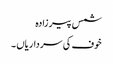
شمس پیر زادہ
خوف کی سرداریاں ۔